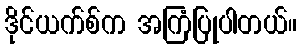
ဒိုင်ယက်စ်က အကြံပြုပါတယ်။